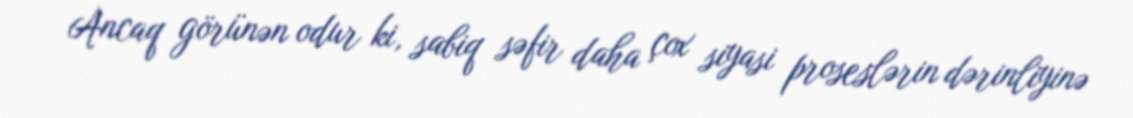
Ancaq görünən odur ki, sabiq səfir daha çox siyasi proseslərin dərinliyinə